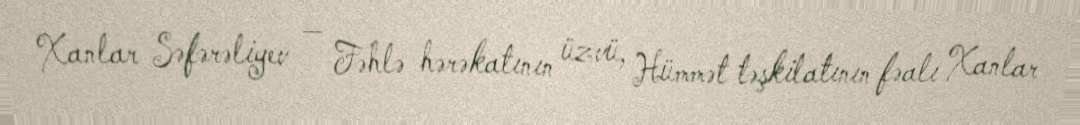
Xanlar Səfərəliyev — Fəhlə hərəkatının üzvü, Hümmət təşkilatının fəalı Xanlar